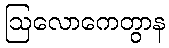
ဩလောကေတွာန